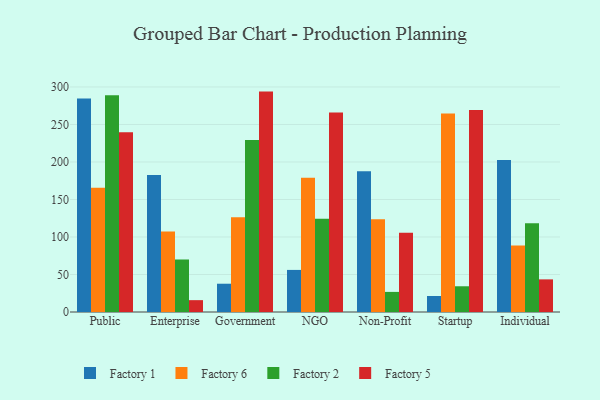
{"axis": {"x": "Segment", "y": "Net Income (USD K)"}, "legend": ["Factory 1", "Factory 2", "Factory 5", "Factory 6"], "data": [{"x": "Public", "y": 284.6, "type": "Factory 1"}, {"x": "Public", "y": 165.6, "type": "Factory 6"}, {"x": "Public", "y": 289.0, "type": "Factory 2"}, {"x": "Public", "y": 239.7, "type": "Factory 5"}, {"x": "Enterprise", "y": 182.5, "type": "Factory 1"}, {"x": "Enterprise", "y": 107.4, "type": "Factory 6"}, {"x": "Enterprise", "y": 70.0, "type": "Factory 2"}, {"x": "Enterprise", "y": 15.8, "type": "Factory 5"}, {"x": "Government", "y": 37.7, "type": "Factory 1"}, {"x": "Government", "y": 126.3, "type": "Factory 6"}, {"x": "Government", "y": 229.2, "type": "Factory 2"}, {"x": "Government", "y": 293.8, "type": "Factory 5"}, {"x": "NGO", "y": 56.1, "type": "Factory 1"}, {"x": "NGO", "y": 178.8, "type": "Factory 6"}, {"x": "NGO", "y": 124.4, "type": "Factory 2"}, {"x": "NGO", "y": 265.8, "type": "Factory 5"}, {"x": "Non-Profit", "y": 187.6, "type": "Factory 1"}, {"x": "Non-Profit", "y": 123.7, "type": "Factory 6"}, {"x": "Non-Profit", "y": 26.8, "type": "Factory 2"}, {"x": "Non-Profit", "y": 105.6, "type": "Factory 5"}, {"x": "Startup", "y": 21.3, "type": "Factory 1"}, {"x": "Startup", "y": 264.5, "type": "Factory 6"}, {"x": "Startup", "y": 34.3, "type": "Factory 2"}, {"x": "Startup", "y": 269.3, "type": "Factory 5"}, {"x": "Individual", "y": 202.6, "type": "Factory 1"}, {"x": "Individual", "y": 88.6, "type": "Factory 6"}, {"x": "Individual", "y": 118.2, "type": "Factory 2"}, {"x": "Individual", "y": 43.5, "type": "Factory 5"}]}